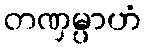
တဏှမ္ပာဟံ